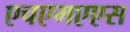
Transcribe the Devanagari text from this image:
एचएमएएस